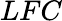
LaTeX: LFC